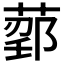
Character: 𬝰